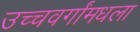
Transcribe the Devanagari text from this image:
उच्चवर्गांमधला